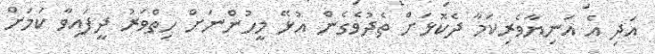
އަދި އެ އަނިޔާވެރިކަމާ ދެކޮޅަށް ތެދުވެގެން އުޅޭ މީހުންނަށް ހިތްވަރު ދީފައިވާ ކަމަށް